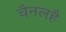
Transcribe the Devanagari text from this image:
चैनलहै